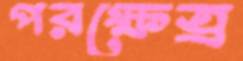
পরক্ষেত্র